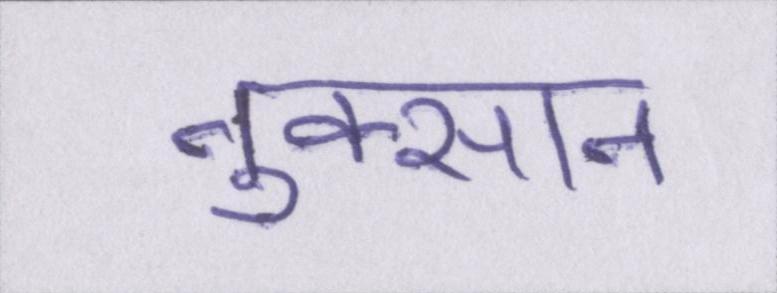
नुक्सान